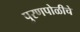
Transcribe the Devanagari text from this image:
पुरणपोळीचे